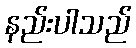
နည်းပါသည်